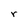
Character: r